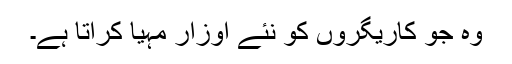
وہ جو کاریگروں کو نئے اوزار مہیا کراتا ہے۔